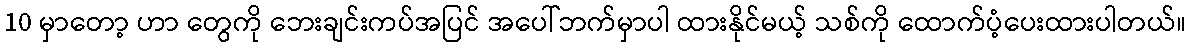
10 မှာတော့ ဟာ တွေကို ဘေးချင်းကပ်အပြင် အပေါ်ဘက်မှာပါ ထားနိုင်မယ့် သစ်ကို ထောက်ပံ့ပေးထားပါတယ်။